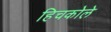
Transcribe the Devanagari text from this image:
हिचकोले